Civil Veterinary Department Bengal reports 1923-33 - 1923-1933
Year: 1923
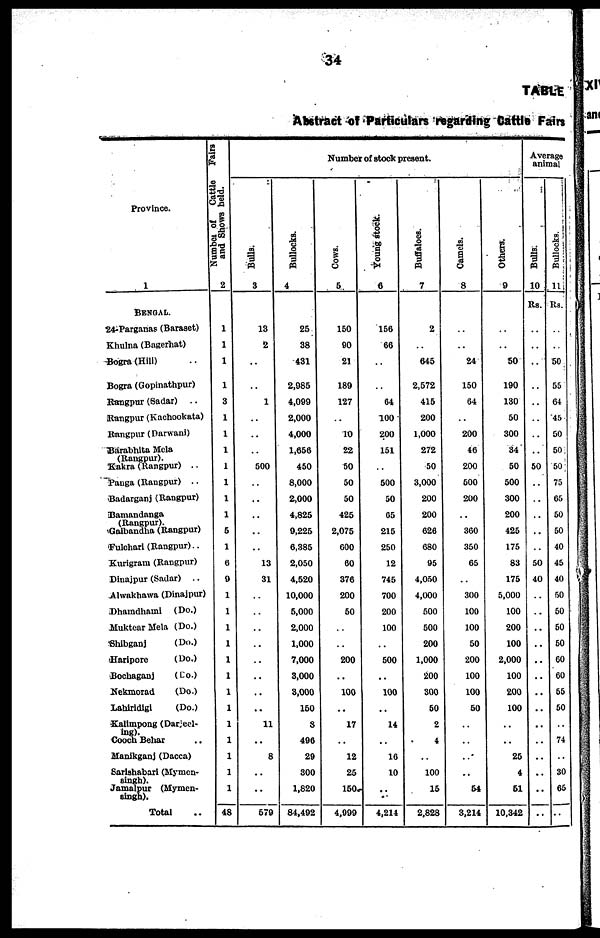
34
TABLE
Abstract of Particulars regarding Cattle Fairs
Province.
1
BENGAL.
24-Parganas (Baraset)
Khulna (Bagerhat)
Bogra (Hill) ..
Bogra (Gopinathpur)
Rangpur (Sadar)
..
Rangpur (Kachookata)
Rangpur (Darwani)
Barabhita Mela
(Rangpur).
Kakra (Rangpur) ..
Panga (Rangpur) ..
Badarganj (Rangpur)
Bamandanga
(Rangpur).
Gaibandha (Rangpur)
Fulchari (Rangpur) ..
Kurigram (Rangpur)
Dinajpur (Sadar) ..
Alwakhawa (Dinajpur)
Dhamdhami (Do.)
Muktear Mela (Do.)
Shibganj
(Do.)
Haripore
(Do.)
Bochaganj
(Do.)
Nekmorad
(Do.)
Lahiridigi
(Do.)
Kalimpong (Darjeel-
ing).
Cooch Behar ..
Manikganj (Dacca)
Sarishabari (Mymen-
Singh).
Jamalpur (Mymen-
singh).
Total ..
Number
of Cattle Fairs
and Shows held.
2
1
1
1
1
3
1
1
1
1
1
1
1
5
1
6
9
1
1
1
1
1
1
1
1
1
1
1
1
1
48
Number of stock present.
Bulls.
3
13
2
..
..
1
..
..
..
.. 500
..
..
..
.. ..
..
13
31
..
..
..
..
..
..
..
..
11
..
8
..
..
..
579
Bullocks.
4
25
38
431
2,985
4,099
2,000
4,000
1,656
.. 450
8,000
2,000
4,825
.. 9,225
6,385
2,050
4,520
10,000
5,000
2,000
1,000
7,000
3,000
3,000
150
8
490
29
300
1,820
..
84,492
Cows.
5
150
90
21
189
127
..
10
22
.. 50
50
50
425
..
2,075
600
60
376
200
50
..
..
200
..
100
..
17
..
12
25
150.
..
4,999
Young stock.
6
156
66
..
..
64
100
200
151
..
..
500
50
65
..
215
250
12
745
700
200
100
..
500
..
100
..
14
..
16
10
..
..
4,214
Buffaloes.
7
2
..
645
2,572
415
200
1,000
272
50
3,000
200
200
626
680
95
4,050
4,000
500
500
200
1,000
200
300
50
2
4
..
100
15
..
2,828
Camels.
8
..
..
24
150
64
..
200
46
200
500
200
..
.. 360
350
65
..
300
100
100
50
200
100
100
50
..
..
..
..
54
..
3,214
Others.
9
..
..
50
190
130
50
300
34
50
500
300
200
425
175
83
175
5,000
100
200
100
2,000
100
200
100
..
..
25
4
61
..
10,342
Average
animal
Bulls.
10
Rs.
..
..
..
..
..
..
..
..
.. 50
..
..
..
.. ..
..
50
40
..
..
..
..
..
..
..
..
..
..
..
..
..
..
Bullocks.
11
Rs.
..
..
50
55
64
45
50
50
50
75
65
50
50
40
45
40
50
50
50
50
60
60
55
50
..
74
..
30
65
..
..